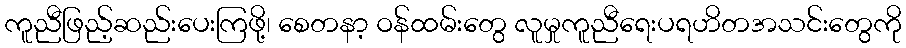
ကူညီဖြည့်ဆည်းပေးကြဖို့၊ စေတနာ့ ဝန်ထမ်းတွေ လူမှုကူညီရေးပရဟိတအသင်းတွေကို